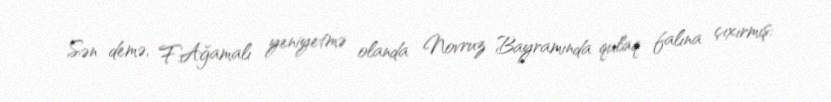
Sən demə, F.Ağamalı yeniyetmə olanda Novruz Bayramında qulaq falına çıxırmış: